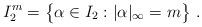
LaTeX: \begin{align*} I_2^m=\bigl\{\alpha\in I_2 : |\alpha|_\infty=m\bigr\}\ .\end{align*}